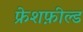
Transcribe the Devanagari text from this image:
फ्रेशफ़ील्ड